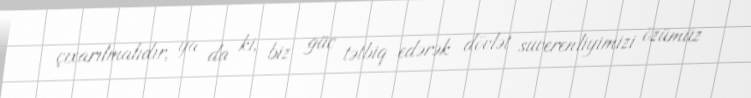
çıxarılmalıdır, ya da ki, biz güc tətbiq edərək dövlət suverenliyimizi özümüz